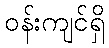
ဝန်းကျင်ရှိ